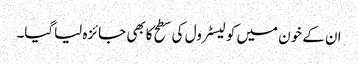
ان کے خون میں کولیسٹرول کی سطح کابھی جائزہ لیاگیا۔